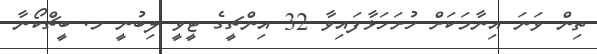
ތިން ވަނަ އިނާމަކަށް ހުށަހަޅާފައިވާ 32 އިންޗީގެ ޓީވީ ލިބުނީ މ. ބީޗްކޯނާ